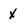
Character: x